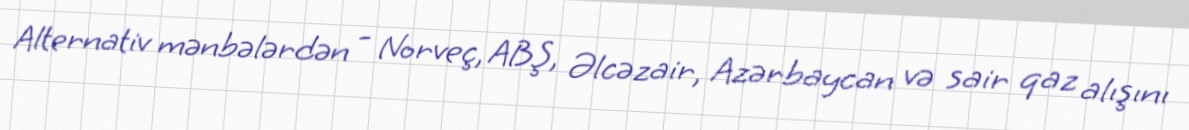
Alternativ mənbələrdən - Norveç, ABŞ, Əlcəzair, Azərbaycan və sair qaz alışını